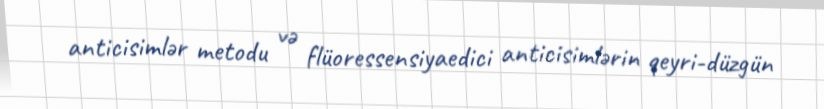
anticisimlər metodu və flüoressensiyaedici anticisimlərin qeyri-düzgün